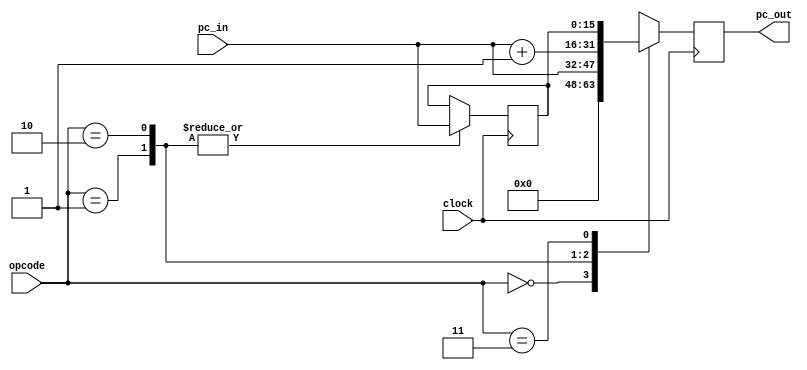
module program_counter( clock, opcode, pc_in, pc_out);

	//inputs
	input clock;
	input[1:0] opcode;
	input[15:0] pc_in;
	//outputs
	output[15:0] pc_out;
	reg[15:0] pc_out;

	// op_code List
	`define RESET 		2'd0
	`define PRESET	 	2'd1
	`define INCR		2'd2
	`define HALT		2'd3

	reg[15:0] pre_pc = 16'h0000; //this will hold the previous instruction

always@(posedge clock)
	begin
		pc_out <= 16'h0000;
	
		case (opcode)
			`RESET: 
	 				begin
						pc_out <= 16'h0000;
	 				end	
			`PRESET:
	 				begin
						pc_out <= pc_in; //output the instruction coming from pc_in
						pre_pc <= pc_in; //save a copy of the current instruction
	 				end
			`INCR:
	 				begin
						pc_out <= pc_in + 16'h0001; //increment the current instruction
						pre_pc <= pc_in;			//save a copy of the current instruction
	 				end
			`HALT:
	 				begin
						pc_out <= pre_pc; //output the previous instruction
	 				end
			default: pc_out <= 16'h0000;
		endcase

	end

endmodule